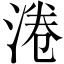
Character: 淃